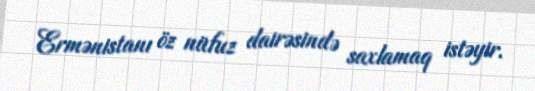
Ermənistanı öz nüfuz dairəsində saxlamaq istəyir.